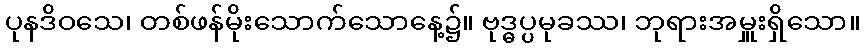
ပုနဒိဝသေ၊ တစ်ဖန်မိုးသောက်သောနေ့၌။ ဗုဒ္ဓပ္ပမုခဿ၊ ဘုရားအမှူးရှိသော။